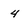
Character: 4